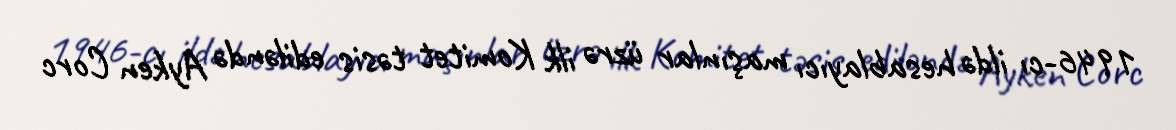
1946-cı ildə hesablayıcı maşınlar üzrə ilk Komitet təsis ediləndə Ayken Corc